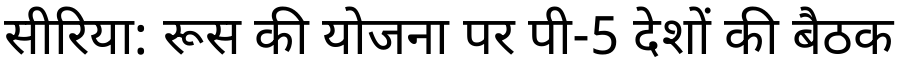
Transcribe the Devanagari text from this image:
सीरिया: रूस की योजना पर पी-5 देशों की बैठक